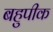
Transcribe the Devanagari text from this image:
बहुपीक